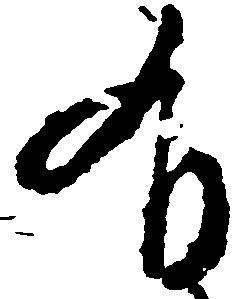
有